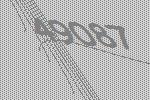
49087